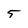
Character: 5